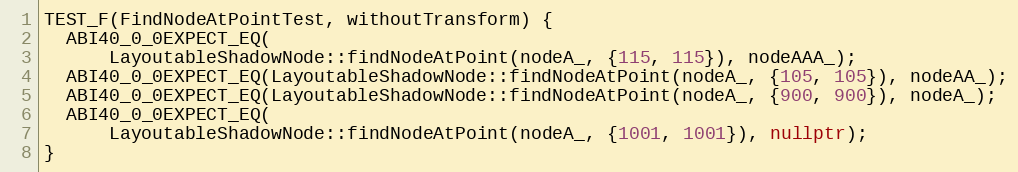
Language: C++
TEST_F(FindNodeAtPointTest, withoutTransform) {
  ABI40_0_0EXPECT_EQ(
      LayoutableShadowNode::findNodeAtPoint(nodeA_, {115, 115}), nodeAAA_);
  ABI40_0_0EXPECT_EQ(LayoutableShadowNode::findNodeAtPoint(nodeA_, {105, 105}), nodeAA_);
  ABI40_0_0EXPECT_EQ(LayoutableShadowNode::findNodeAtPoint(nodeA_, {900, 900}), nodeA_);
  ABI40_0_0EXPECT_EQ(
      LayoutableShadowNode::findNodeAtPoint(nodeA_, {1001, 1001}), nullptr);
}